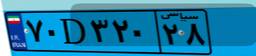
۳۳D۶۶۳۴۲